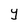
Character: Y